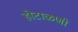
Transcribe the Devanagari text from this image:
होटाळणी